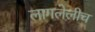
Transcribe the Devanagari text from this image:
लागलेलीच